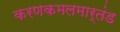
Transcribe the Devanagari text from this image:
करणकमलमार्तंड